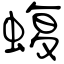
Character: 蝮